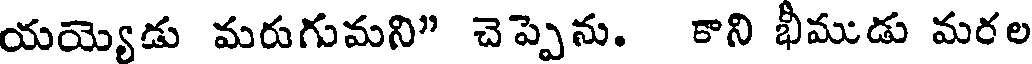
యయ్యెడు మరుగుమని" చెప్పెను. కాని భీముడు మరల